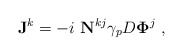
\begin{align*}{\bf J}^k= -i~{\bf N}^{kj}\gamma_p D {\bf \Phi}^j ~ ,\end{align*}